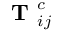
{ \textbf { T } _ { i j } ^ { c } }